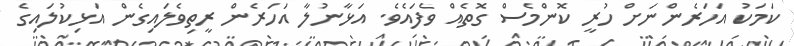
ކަމަކު އަހަރެންނަށް ހުރީ ކޮންމެސް ގޮތެއް ވެފައެވެ. އަޅާނުލާ އަހަރެން ރީތިވެލައިގެން އަޅިކުލައިގެ